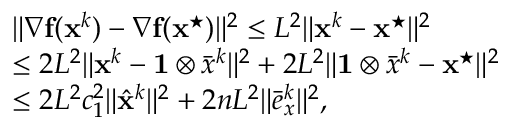
\begin{array} { r l } & { \| { \nabla } \mathbf { f } ( \mathbf { x } ^ { k } ) - { \nabla } { \mathbf { f } } ( { \mathbf { x } } ^ { \star } ) \| ^ { 2 } \leq L ^ { 2 } \| \mathbf { x } ^ { k } - { \mathbf { x } } ^ { \star } \| ^ { 2 } } \\ & { \leq 2 L ^ { 2 } \| \mathbf { x } ^ { k } - \mathbf { 1 } \otimes \bar { x } ^ { k } \| ^ { 2 } + 2 L ^ { 2 } \| \mathbf { 1 } \otimes \bar { x } ^ { k } - { \mathbf { x } } ^ { \star } \| ^ { 2 } } \\ & { \leq 2 L ^ { 2 } c _ { 1 } ^ { 2 } \| \hat { { \mathbf { x } } } ^ { k } \| ^ { 2 } + 2 n L ^ { 2 } \| \bar { e } _ { x } ^ { k } \| ^ { 2 } , } \end{array}